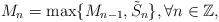
LaTeX: \begin{align*}M_n=\max\{M_{n-1},\tilde{S}_n\},\forall n\in\mathbb{Z},\end{align*}